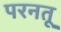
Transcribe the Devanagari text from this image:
परनतू